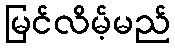
မြင်လိမ့်မည်